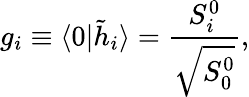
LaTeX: g_{i}\equiv\langle 0\vert{\tilde{h}}_{i}\rangle={\frac{S_{i}^{0}}{\sqrt{S_{0}^{0}}}},